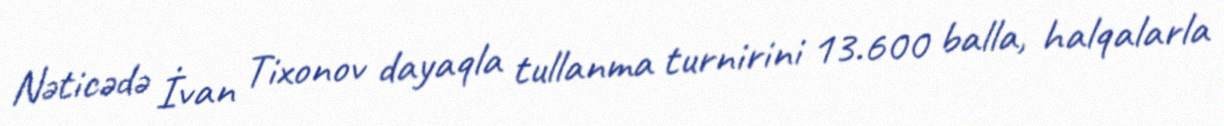
Nəticədə İvan Tixonov dayaqla tullanma turnirini 13.600 balla, halqalarla